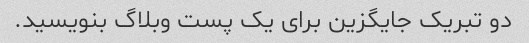
دو تبریک جایگزین برای یک پست وبلاگ بنویسید.